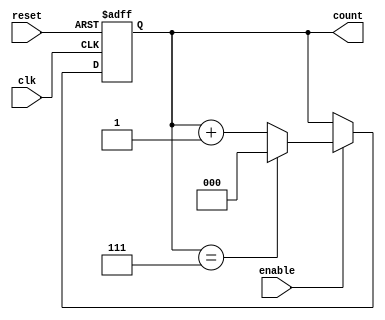
module binary_up_counter #(
    parameter N = 3  // Number of bits for the counter
)(
    input wire clk,          // Clock signal
    input wire reset,        // Asynchronous reset signal
    input wire enable,       // Enable signal
    output reg [N-1:0] count // Output count value
);

// Always block for the counter logic
always @(posedge clk or posedge reset) begin
    if (reset) begin
        count <= 0; // Reset the count to 0
    end else if (enable) begin
        if (count == (2**N - 1)) begin
            count <= 0; // Wrap around to 0 after reaching max count
        end else begin
            count <= count + 1; // Increment the count
        end
    end
end

endmodule